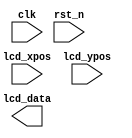
`timescale 1ns/1ns

// Define colors RGB--8|8|8
`define RED		24'hFF0000 
`define GREEN	24'h00FF00 
`define BLUE  	24'h0000FF 
`define WHITE 	24'hFFFFFF 
`define BLACK 	24'h000000 
`define YELLOW	24'hFFFF00 
`define CYAN  	24'hFF00FF 
`define ROYAL 	24'h00FFFF 


module Display_2
#(
	parameter H_DISP = 640, //Resolution
	parameter V_DISP = 480

)
( 
	input  wire	 		clk,	
	input  wire			rst_n,	
	input  wire	[11:0]	lcd_xpos,	//lcd horizontal coordinate
	input  wire	[11:0]	lcd_ypos,	//lcd vertical coordinate
	
	output reg  [23:0]	lcd_data	//lcd data
);

//************************************
	parameter POS_X = 240;   //
	parameter POS_Y = 174;	 //
	parameter WIDTH = 160;
	parameter HEIGHT = 68;
	reg  [159:0] char[68:0]; 
	wire [11:0] x_cnt;    //counter
	wire [11:0] y_cnt;
	assign x_cnt = lcd_xpos - POS_X; //
	assign y_cnt = lcd_ypos - POS_Y; //
////**************************************
//	parameter POS_X_1 = 284;		//
//	parameter POS_Y_1 = 256;
//	parameter WIDTH_1   = 128;
//	parameter HEIGHT_1  = 32;
//	reg  [127:0] char_1[31:0];
//	wire [11:0] x_cnt_1;
//	wire [11:0] y_cnt_1;
//	assign x_cnt_1 = lcd_xpos - POS_X_1;
//	assign y_cnt_1 = lcd_xpos - POS_Y_1;

`ifdef VGA_TuDou
always@(posedge clk)
begin
	char[0]  <= 160'h0000000000000000000000000000000000000000;
	char[1]  <= 160'h0000000000000000000000000000000000000000;
	char[2]  <= 160'h0003800000000000000000000000000000000000;
	char[3]  <= 160'h0003C00000000060000000000000000000000080;
	char[4]  <= 160'h0003C0000FFFFFF0000000000000000003FFFFC0;
	char[5]  <= 160'h0003C00000000000000000000000000000000000;
	char[6]  <= 160'h0003C0000000000000000000000007E000000000;
	char[7]  <= 160'h0003C00000000000000000000000083800000000;
	char[8]  <= 160'h0003C00000000000000000000000101800000000;
	char[9]  <= 160'h0003C00001000080000000000000200C00000000;	
	char[10] <= 160'h0003C00001FFFFC0000000000000200C00000000;
	char[11] <= 160'h07FFC3800300C000000000000000018000000030;
	char[12] <= 160'h0003C0F001800180000000000000300C1FFFFFF8;
	char[13] <= 160'h1FFFFFF801800180000000000000000C000C3000;
	char[14] <= 160'h0C03C00001800180000000000000001800083000;
	char[15] <= 160'h0003C00001800180000000000000001800183000;
	char[16] <= 160'h0003C00001800180000000000000003000183000;
	char[17] <= 160'h0003C00001FFFF80000000000000006000183000;
	char[18] <= 160'h0003C0000180018000000000000000C000183000;
	char[19] <= 160'h0003C00001000000000000000000018000183000;
	char[20] <= 160'h0003C00000400400000000000000030000303008;
	char[21] <= 160'h0003C00000200F00000000000000020000303008;
	char[22] <= 160'h0003C00000300E00000000000000040400303008;
	char[23] <= 160'h0003C00000180C00000000000000080400603008;
	char[24] <= 160'h0003C00000181800000000000000100400603008;
	char[25] <= 160'h0003C01800181000000000000000200C00C03008;	
	char[26] <= 160'h0003C03C001830000000000000003FF80180301C;
	char[27] <= 160'h7FFFFFFE000020180000000000003FF803003FFC;
	char[28] <= 160'h300000003FFFFFFC000000000000000006001FF8;
	char[29] <= 160'h0000000000000000000000000000000018000000;
	char[30] <= 160'h0000000000000000000000000000000020000000;
	char[31] <= 160'h0000000000000000000000000000000000000000;
	//*********************************************************	
	char[32] <= 160'h0000000000000000000000000000000000000000;
	char[33] <= 160'h0000000000000000000000000000000000000000;
	char[34] <= 160'h0000000000000000000000000000000000000000;
	char[35] <= 160'h0000000000000000000000000000000000000000;
	//*******************************************************
	char[36] <= 160'h0000000000000000000000000000000000000000;//1
	char[37] <= 160'h0000000000000000000000000000000000000000;//2
	char[38] <= 160'h000000402000000100000080000000000C000000;//3
	char[39] <= 160'h0000006038000001800000E4004001000E000000;//4
	char[40] <= 160'h0000004030000001800000C7FFE003800C100000;//5
	char[41] <= 160'h0000004030000001818001C6004003030C180000;//6
	char[42] <= 160'h00000040300007FFFFC00186004003018C300000;//7
	char[43] <= 160'h0000004C308000018000018600400618CC200000;//8
	char[44] <= 160'h00001FFEFFC0000180000306004007FCCC400000;//9
	char[45] <= 160'h00000041308000018010030600400400CCC00000;//10	
	char[46] <= 160'h0000004031801FFFFFF8020600400C004C800000;//11
	char[47] <= 160'h000000403180000000380706004008020C100000;//12
	char[48] <= 160'h000000463180004040200707FFC00811FFF80000;//13
	char[49] <= 160'h000000792180003070400F0618401FF900300000;//14
	char[50] <= 160'h000001C0E180001860000B001800130100300000;//15
	char[51] <= 160'h00001F4061800018600013001800230100300000;//16
	char[52] <= 160'h00003840788804086000330018000301FFF00000;//17
	char[53] <= 160'h00001040DCC80308600023061800031900300000;//18
	char[54] <= 160'h000000408CC801804000030618303FF900300000;//19
	char[55] <= 160'h00000041046800C0400003041FF8030100300000;//20
	char[56] <= 160'h000007C2047800C0C01003041800030100300000;//21
	char[57] <= 160'h000001C4003C0080C038030C18000301FFF00000;//22
	char[58] <= 160'h00000088000C7FFFFFFC030C1800030100300000;//23
	char[59] <= 160'h00000200008000008000030E1800030100300000;//24
	char[60] <= 160'h0000021020400001C00003091800031100300000;//25
	char[61] <= 160'h0000060830600003380003199800036100300000;//26
	char[62] <= 160'h0000040C1830000607000310780003C100300000;//27
	char[63] <= 160'h00000C0C1830001801E003303800038100300000;//28
	char[64] <= 160'h00001C0C18300070007003200FFC030101F00000;//29
	char[65] <= 160'h00001808101003800030034001F8010100700000;//30
	char[66] <= 160'h0000000000003C00001002800000000100400000;//31
	char[67] <= 160'h0000000000000000000000000000000000000000;//32		
end

always@(posedge clk or negedge rst_n)//one
begin
	if(!rst_n)
		lcd_data <= 24'h0;
	else
	begin
		if((lcd_xpos >= POS_X) && (lcd_xpos  < POS_X + WIDTH)&&
		(lcd_ypos >= POS_Y)&&(lcd_ypos < POS_Y + HEIGHT))
		begin
			if(char[y_cnt][159 - x_cnt])
				lcd_data <= `BLACK;
			else
				lcd_data <= `WHITE;
		end
		else
			lcd_data <= `WHITE;
	end
end
`endif

endmodule